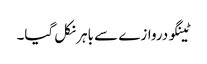
ٹینگو دروازے سے باہر نکل گیا۔